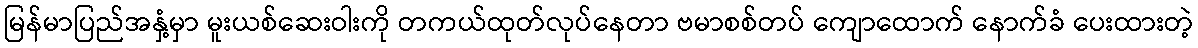
မြန်မာပြည်အနှံ့မှာ မူးယစ်ဆေးဝါးကို တကယ်ထုတ်လုပ်နေတာ ဗမာစစ်တပ် ကျောထောက် နောက်ခံ ပေးထားတဲ့